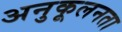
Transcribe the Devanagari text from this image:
अनुकूलनता